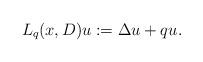
LaTeX: \begin{align*}L_q(x,D)u := \Delta u + q u.\end{align*}